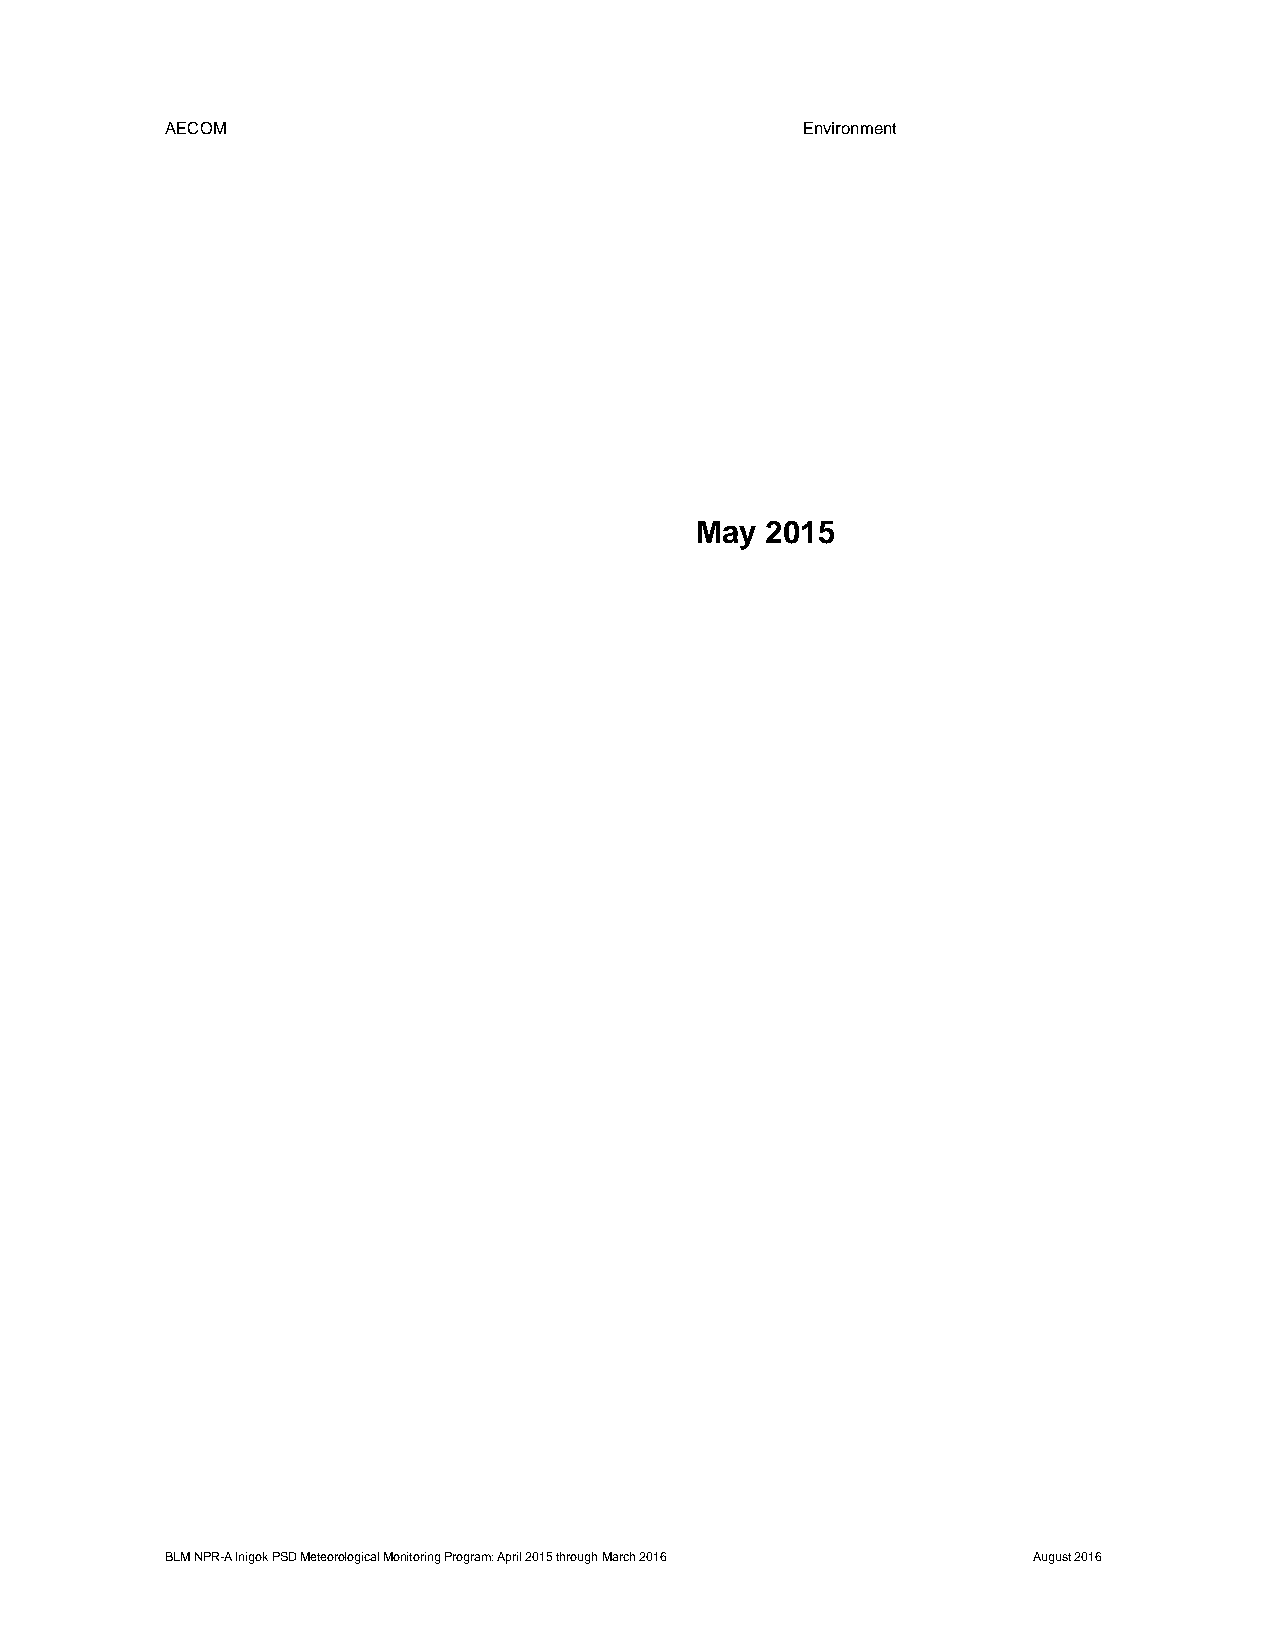
AECOM                                     Environment
 May  2015
 BLM NPR-A Inigok PSD Meteorological Monitoring Program: April 2015 through March 2016 August 2016